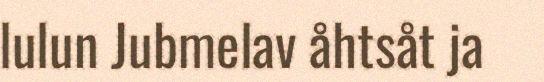
lulun Jubmelav åhtsåt ja